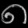
Digit: ၈